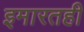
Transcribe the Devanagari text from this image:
इमारतही